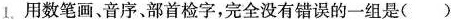
1.用数笔画、音序部首检字，完全没有错误的一组是()